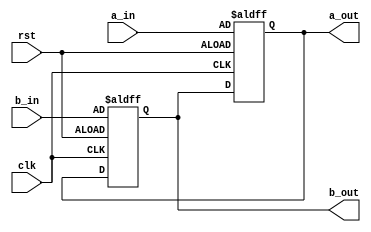
module cnt_nonblk(clk, rst, a_in, b_in, a_out, b_out);

    input clk, rst, a_in, b_in;
    output a_out, b_out;
    reg a, b;

    assign a_out = a;
    assign b_out = b;

    always@(posedge clk or negedge rst)begin
        if(~rst) begin
            a <= a_in;
            b <= b_in;
        end
        else begin
           a <= b;
           b <= a; 
        end
    end

endmodule